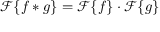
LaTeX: { \mathcal { F } } \{ f * g \} = { \mathcal { F } } \{ f \} \cdot { \mathcal { F } } \{ g \}